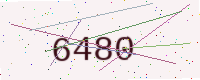
Text: 6480